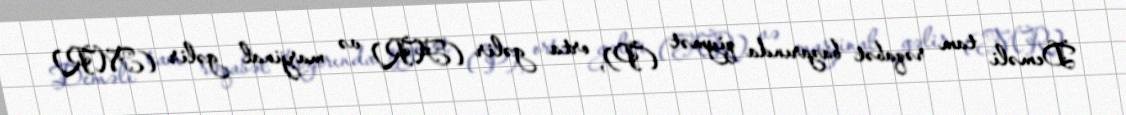
Deməli tam rəqabət bazarında qiymət (P), orta gəlir (AR) və marjinal gəlir (MR)